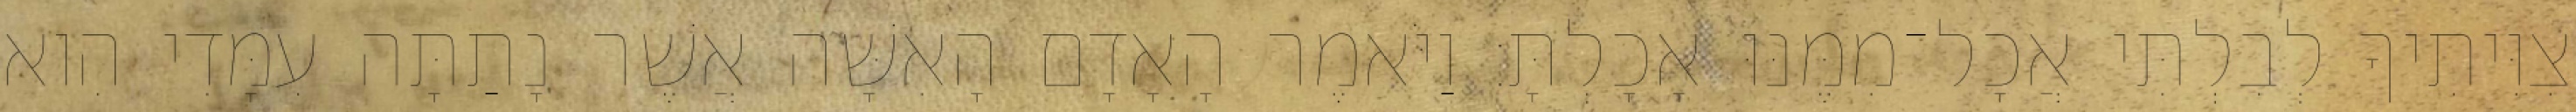
צִוִּיתִיךָ לְבִלְתִּי אֲכָל־מִמֶּנּוּ אָכָלְתָּ׃ וַיֹּאמֶר הָאָדָם הָאִשָּׁה אֲשֶׁר נָתַתָּה עִמָּדִי הִוא